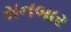
સનબાર